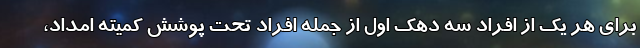
برای هر یک از افراد سه دهک اول از جمله افراد تحت پوشش کمیته امداد،